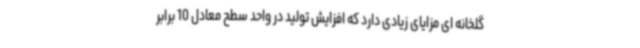
گلخانه ای مزایای زیادی دارد که افزایش تولید در واحد سطح معادل 10 برابر